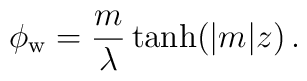
\phi_{\rm w} = \frac{m}{\lambda}\tanh (|m|z)\, .